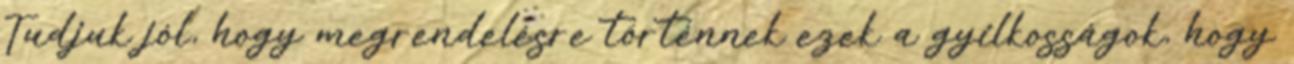
Tudjuk jól, hogy megrendelésre történnek ezek a gyilkosságok, hogy